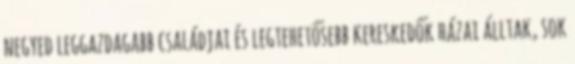
negyed leggazdagabb családjai és legtehetősebb kereskedők házai álltak, sok